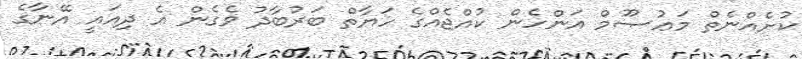
ކުށެއްނެތް މަޢުޞޫމް އަންހެން ކުއްޖެއްގެ ހަޔާތް ބަރުބާދު ވެގެން އެ ދިއައީ އޭނާގެ